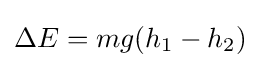
\Delta E=mg(h_{1}-h_{2})